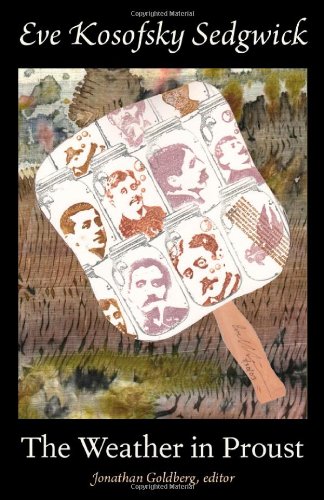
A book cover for The Weather in Proust (Series Q); Eve  Kosofsky Sedgwick; Gay & Lesbian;